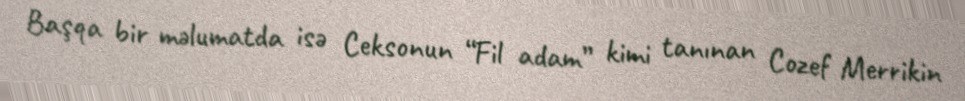
Başqa bir məlumatda isə Ceksonun “Fil adam” kimi tanınan Cozef Merrikin